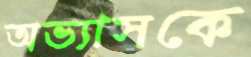
অভ্যাসকে